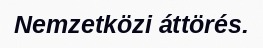
Nemzetközi áttörés.